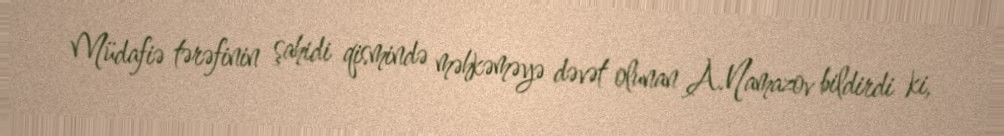
Müdafiə tərəfinin şahidi qismində məhkəməyə dəvət olunan A.Namazov bildirdi ki,